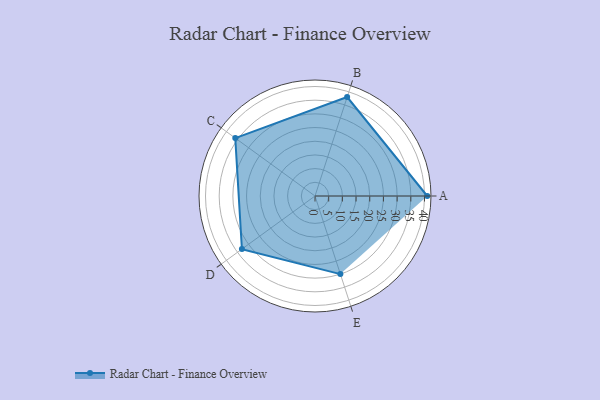
{"axis": {"x": "Skill", "y": "Score"}, "legend": ["Profile"], "data": [{"x": "A", "y": 41.0, "type": "Profile"}, {"x": "B", "y": 38.0, "type": "Profile"}, {"x": "C", "y": 36.0, "type": "Profile"}, {"x": "D", "y": 33.0, "type": "Profile"}, {"x": "E", "y": 30.0, "type": "Profile"}]}